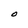
Character: O